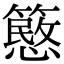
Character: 𥴲